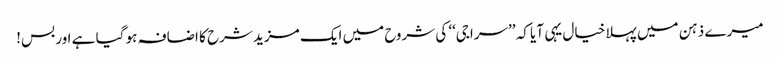
میرے ذہن میں پہلا خیال یہی آیا کہ ’’سراجی‘‘ کی شروح میں ایک مزید شرح کا اضافہ ہو گیا ہے اور بس!